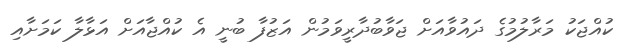
ކުއްޖަކު މަރާލުމުގެ ދައުވާއަށް ޖަވާބުދާރީވަމުން އަޒުފާ ބުނީ އެ ކުއްޖާއަށް އަޅާލާ ކަމަށާއި